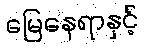
မြေနေရာနှင့်